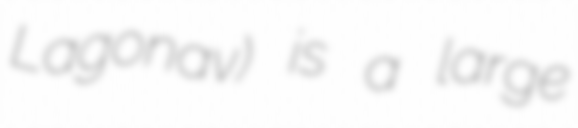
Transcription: Lagonav) is a large